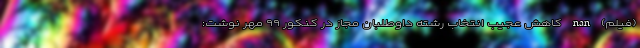
(فیلم) nan کاهش عجیب انتخاب رشته داوطلبان مجاز در کنکور ۹۹ مهر نوشت: